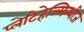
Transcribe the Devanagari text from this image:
प्लेटिहेल्मिन्थीज